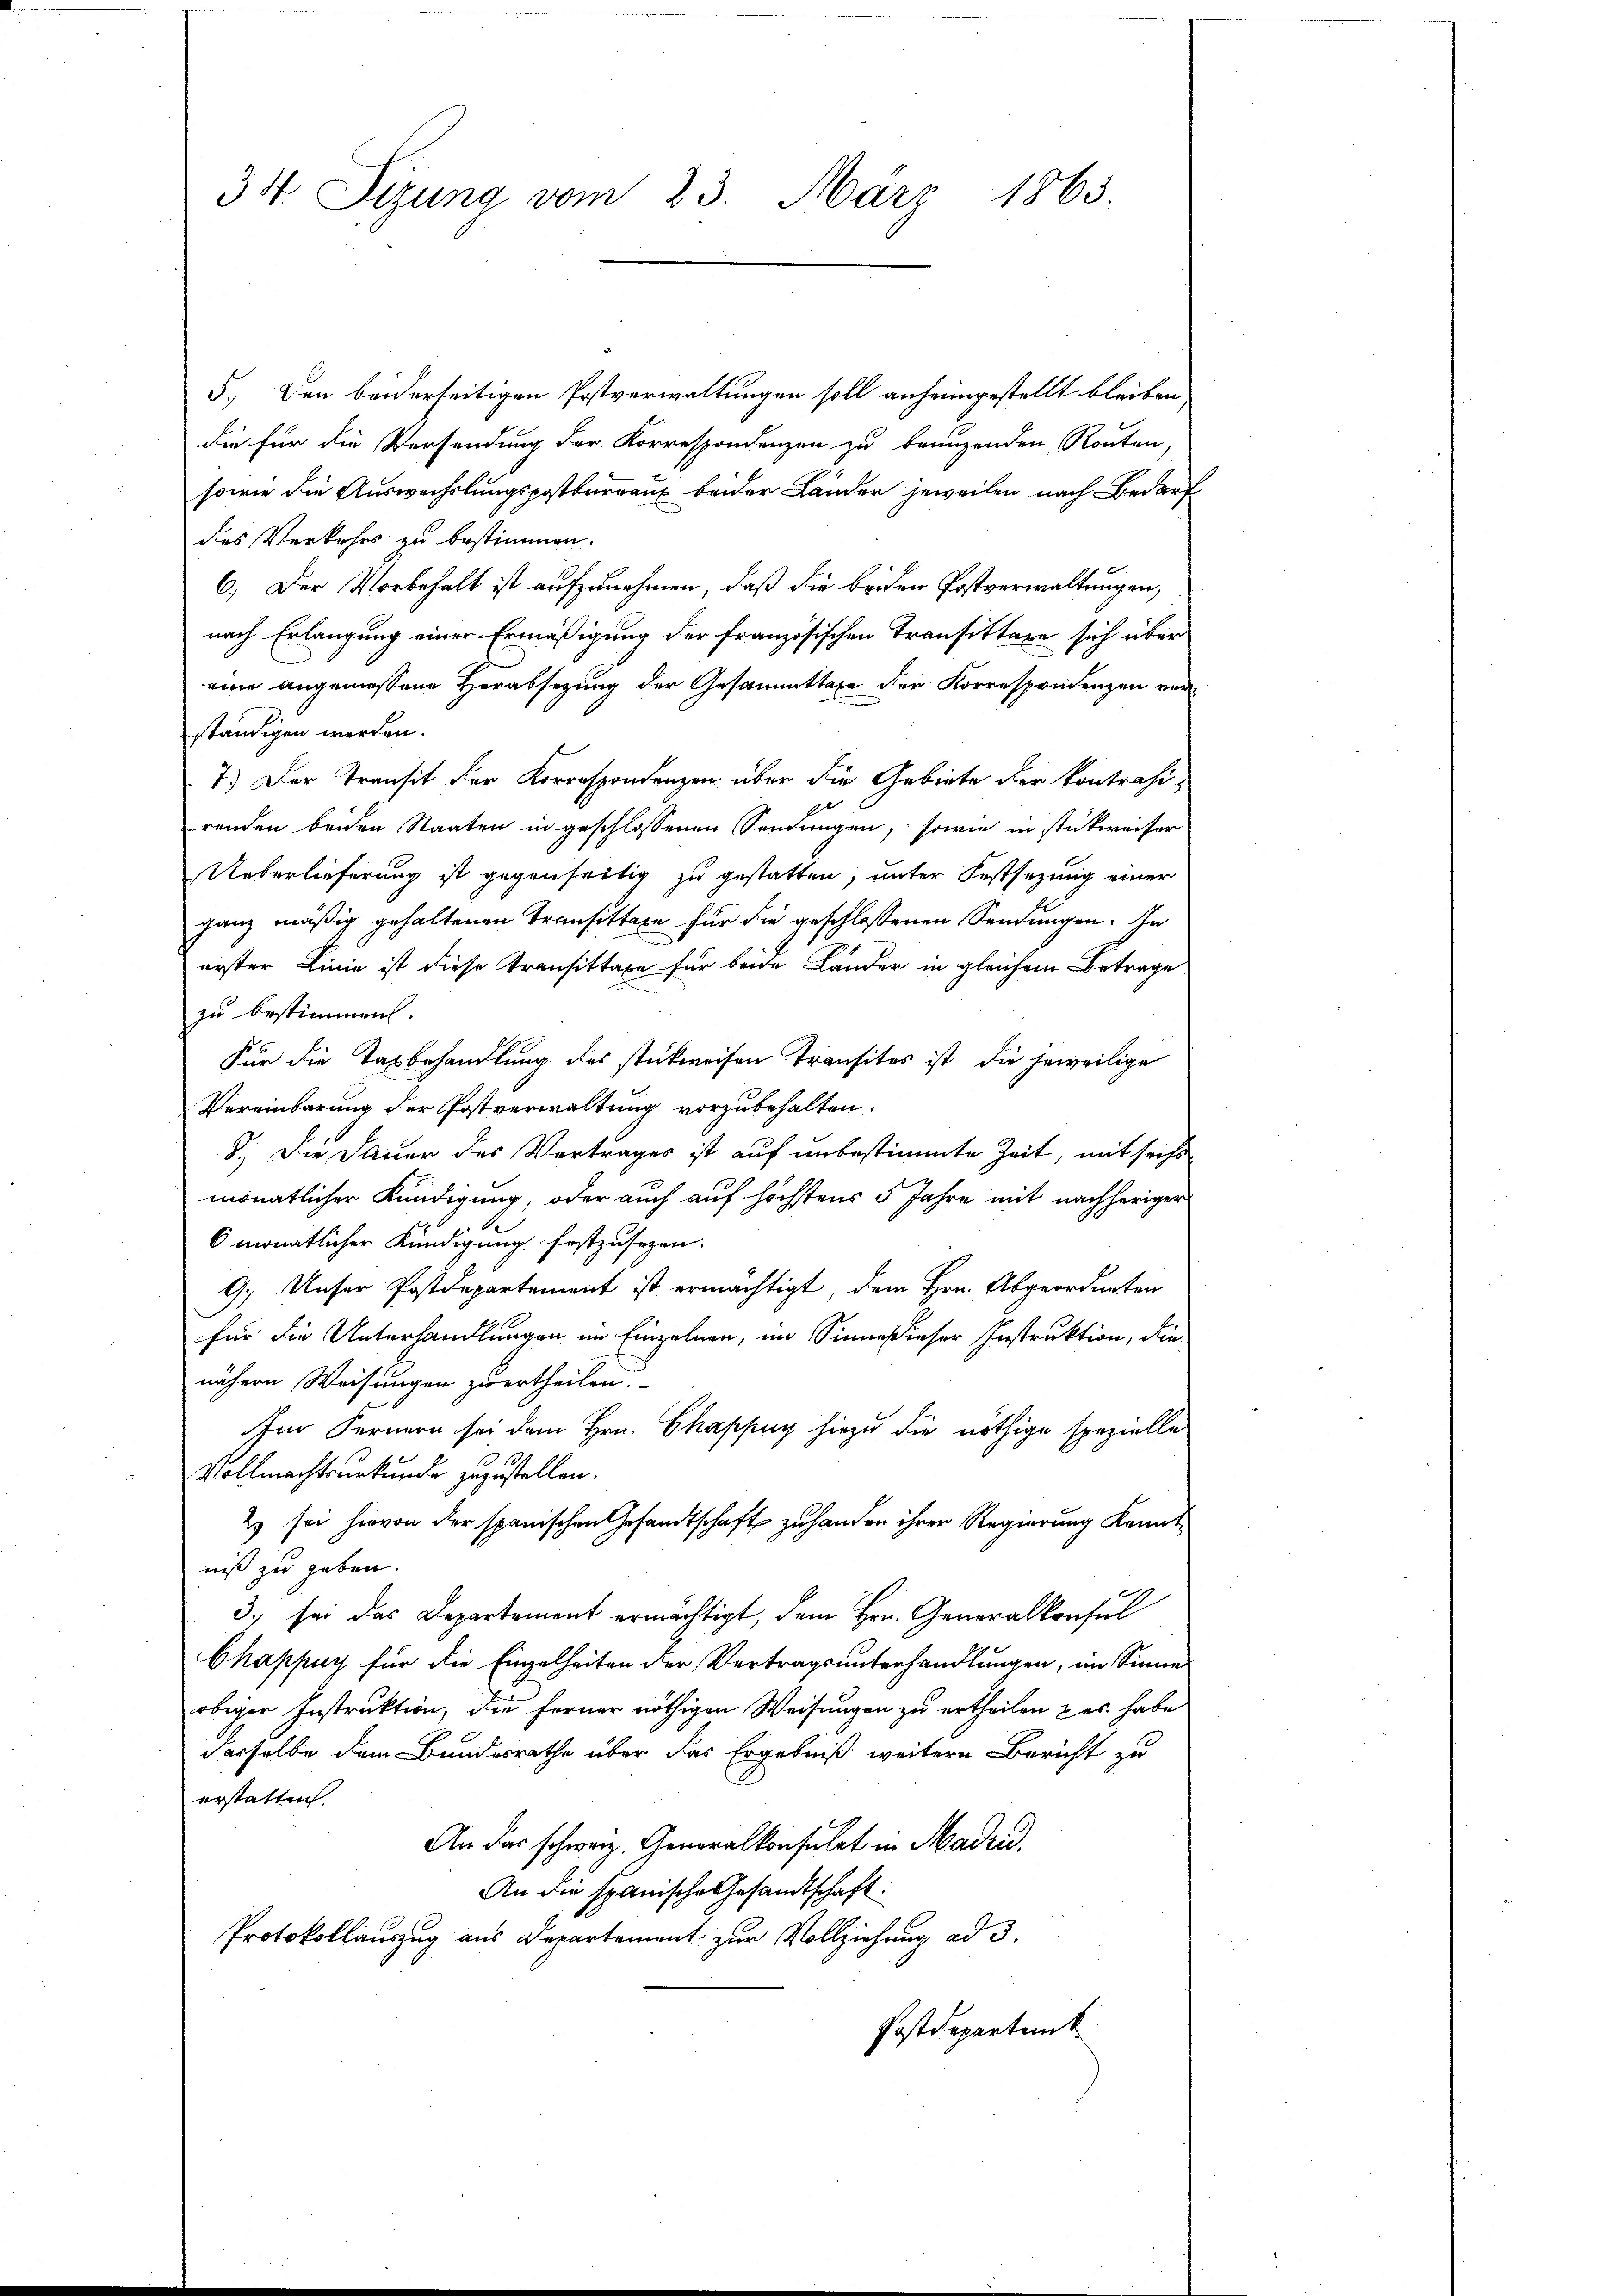
34 Sizung vom 23. März 1863.

5. Den beiderseitigen Postverwaltungen soll anheimgestellt bleiben,
die für die Versendung der Korrespondenzen zu bringenden Routen.
sowie die Auswechslungspostbureaux beider Länder jeweilen nach Bedarf
dies Verkehrs zu bestimmen.
6. Der Vorbehalt ist aufzunehmen, daß die beiden Postverwaltungen,
nach Erlangung einer Ermäßigung der französischen Transittäre sich über
eine angemessene Herabsezung der Gesammttaxe der Korrespondenzen vor
ständigen werden.
7.) Der Transit der Korrespondenzen über die Gebiete der kontrahirenden beiden Staaten in geschlossenen Sendungen, sowie in stückweiser
Ueberlieferung ist gegenseitig zu gestatten, unter Festsezung einer
ganz mäßig gehaltenen Transistaxe für die geschlossenen Sendungen. In
erster Linie ist diese Transittaxe für beide Länder in gleichem Betrage
zu bestimmen.
Für die Tag behandlung des stückweisen Transites ist, die jeweilige
Vereinbarung der Postverwaltung vorzubehalten.
8.) Die Dauer des Vertrages ist auf unbestimmte Zeit, mit sechs
monatlicher Kündigung, oder auch auf höchstens 5 Jahre mit nachheriger
6 monatlicher Kündigung festzusezen.
9. Unser Postdepartement ist ermächtigt, dem Hrn. Abgeordneten
für die Unterhandlungen im Einzelnen, im Sinne dieser Instruktion, die
nähern Weisungen zu ertheilen.
Im Fernern sei dem Hrn. Chappuy hiezu die nöthige spezielle
Vollmachtsurkunde zuzustellen.
2) sei hievon der spanischen Gesandtschaft zu handen ihrer Regierung Kennt
niß zu geben.
3. sei das Departement ermächtigt, dem Hrn. Generalkonsul
Ckappuy für die Einzelheiten der Vertragsunterhandlungen, im Sinne
obiger Instruktion, die ferner nöthigen Weisungen zu ertheilen & es habe
derselbe dem Bundesrathe über das Ergebniß weitere Bericht zu
erstatten.
An das schweiz. Generalkonsulat in Maden.
An die spanische Gesandtschaft.
Protokollauszug aus Departement zur Vollziehung ad 3.
Postdepartem